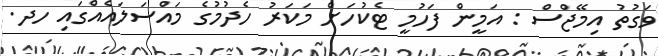
ވަގުތު އިމޭޖްސް : އަމީން ފަހުމީ ޓެކުހަށް މަކަރު ހެދުމުގެ މައްސަލައެއްގައި ހދ.